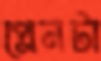
প্লেনটা